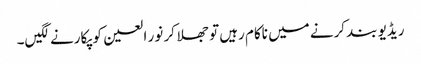
ریڈیو بند کرنے میں ناکام رہیں تو جھلا کر نور العین کو پکارنے لگیں۔